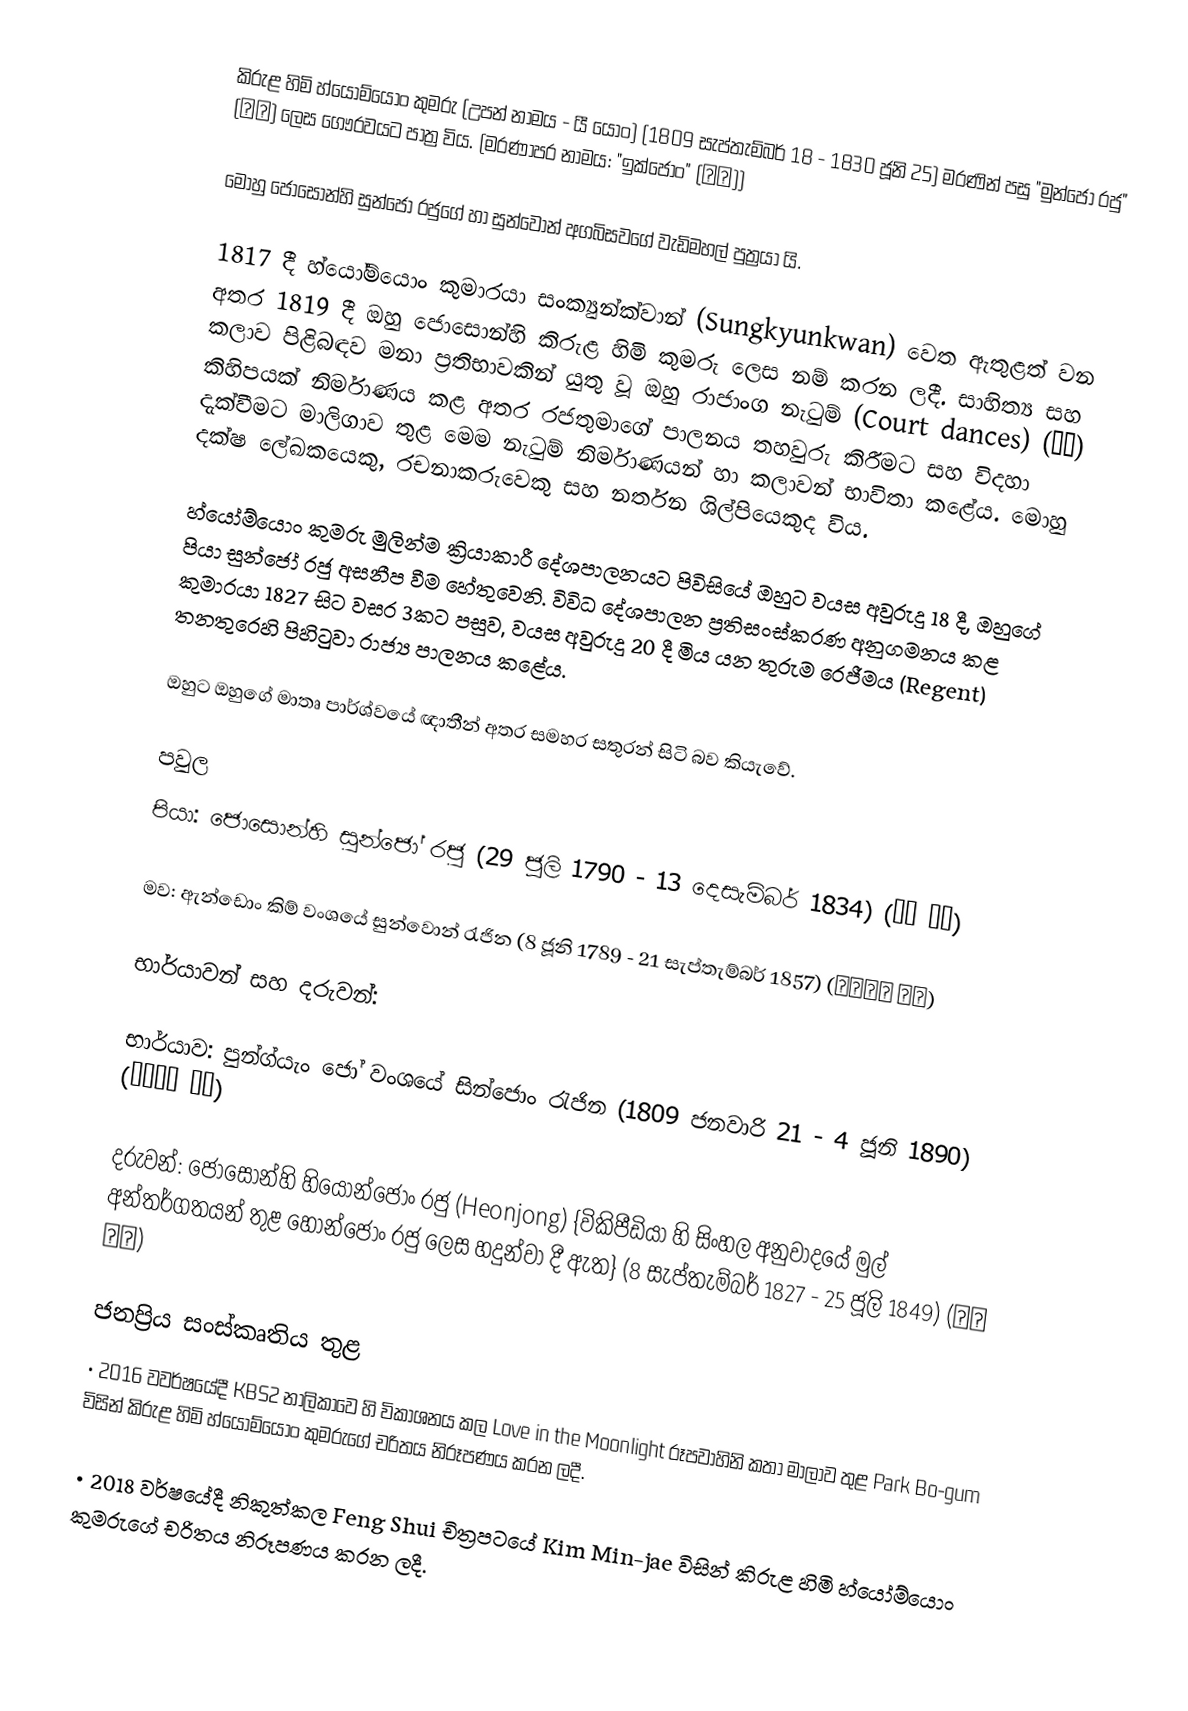
කිරුළ හිමි හ්යෝම්යොං කුමරු (උපන් නාමය - යී යොං) (1809 සැප්තැම්බර් 18 - 1830 ජූනි 25) මරණින් පසු "මුන්ජෝ රජු" (문조) ලෙස ගෞරවයට පාත්‍ර විය. (මරණාපර නාමය: "ඉක්ජොං" (익종))

මොහු ජොසොන්හි සුන්ජෝ රජුගේ හා සුන්වොන් අගබිසවගේ වැඩිමහල් පුත්‍රයා යි.

1817 දී හ්යෝම්යොං කුමාරයා සංක්‍යුන්ක්වාන් (Sungkyunkwan) වෙත ඇතුළත් වන අතර 1819 දී ඔහු ජොසොන්හි කිරුළ හිමි කුමරු ලෙස නම් කරන ලදී. සාහිත්‍ය සහ කලාව පිළිබඳව මනා ප්‍රතිභාවකින් යුතු වූ ඔහු රාජාංග නැටුම් (Court dances) (정재) කිහිපයක් නිර්මාණය කළ අතර රජතුමාගේ පාලනය තහවුරු කිරීමට සහ විදහා දැක්වීමට මාලිගාව තුළ මෙම නැටුම් නිර්මාණයන් හා කලාවන් භාවිතා කළේය. මොහු දක්ෂ ලේඛකයෙකු, රචනාකරුවෙකු සහ නර්තන ශිල්පියෙකුද විය.

හ්යෝම්යොං කුමරු මුලින්ම ක්‍රියාකාරී දේශපාලනයට පිවිසියේ ඔහුට වයස අවුරුදු 18 දී, ඔහුගේ පියා සුන්ජෝ රජු අසනීප වීම හේතුවෙනි. විවිධ දේශපාලන ප්‍රතිසංස්කරණ අනුගමනය කළ කුමාරයා 1827 සිට වසර 3කට පසුව, වයස අවුරුදු 20 දී මිය යන තුරුම රෙජීමය (Regent) තනතුරෙහි පිහිටුවා රාජ්‍ය පාලනය කළේය.

ඔහුට ඔහුගේ මාතෘ පාර්ශ්වයේ ඥාතීන් අතර සමහර සතුරන් සිටි බව කියැවේ.

පවුල
පියා: ජොසොන්හි සුන්ජෝ රජු (29 ජූලි 1790 - 13 දෙසැම්බර් 1834) (조선 순조)

මව: ඇන්ඩොං කිම් වංශයේ සුන්වොන් රැජින (8 ජූනි 1789 - 21 සැප්තැම්බර් 1857) (순원왕후 김씨)

භාර්යාවන් සහ දරුවන්:

භාර්යාව: පුන්ග්යැං ජෝ වංශයේ සින්ජොං රැජින (1809 ජනවාරි 21 - 4 ජූනි 1890) (신정왕후 조씨)

දරුවන්: ජොසොන්හි හියොන්ජොං රජු (Heonjong) {විකිපීඩියා හි සිංහල අනුවාදයේ මුල් අන්තර්ගතයන් තුළ හොන්ජොං රජු ලෙස හදුන්වා දී ඇත} (8 සැප්තැම්බර් 1827 - 25 ජූලි 1849) (조선 헌종)

ජනප්‍රිය සංස්කෘතිය තුළ
• 2016 වවර්ෂයේදී KBS2 නාලිකාවෙ හි විකාශනය කල Love in the Moonlight රූපවාහිනි කතා මාලාව තුළ Park Bo-gum විසින් කිරුළ හිමි හ්යෝම්යොං කුමරුගේ චරිතය නිරූපණය කරන ලදී.

• 2018 වර්ෂයේදී නිකුත්කල Feng Shui චිත්‍රපටයේ Kim Min-jae විසින් කිරුළ හිමි හ්යෝම්යොං කුමරුගේ චරිතය නිරූපණය කරන ලදී.